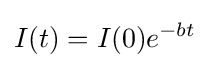
I(t)=I(0)e^{-bt}